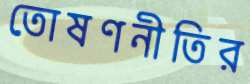
তোষণনীতির